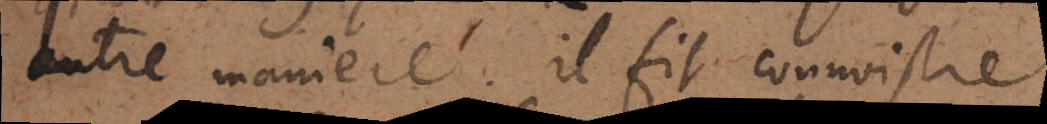
autre maniere. Il fit connoistre